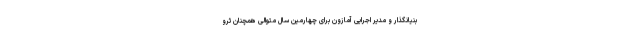
بنیانگذار و مدیر اجرایی آمازون برای چهارمین سال متوالی همچنان ثرو